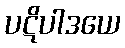
ပဋိပါဒယေ